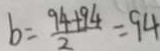
b = \frac { 9 4 + 9 4 } { 2 } = 9 4